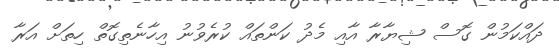
ދައްކަމުން ގޮސް ޝިޔާރާ އާއި މެދު ކަންތައް ކުރެވުނު އިހާނެތިގޮތް ހިތަށް އަރާ